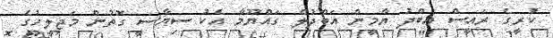
ކުރީގެ ރައީސް އަބްދު ޔާމީން އަބްދުލް ގައްޔޫމާ އެކު ސިޔާސީ ގޮތުން މަޖިލީހުގެ